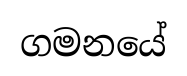
ගමනයේ